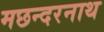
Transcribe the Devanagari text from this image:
मछन्दरनाथ